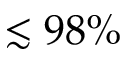
\lesssim 9 8 \%